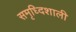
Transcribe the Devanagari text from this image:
समृध्दिशाली